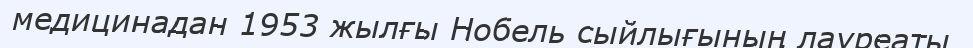
медицинадан 1953 жылғы Нобель сыйлығының лауреаты.